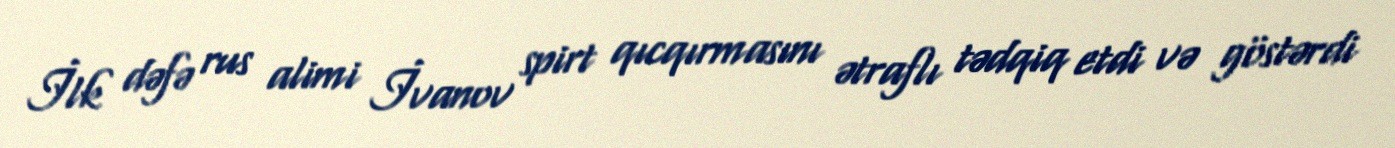
İlk dəfə rus alimi İvanov spirt qıcqırmasını ətraflı tədqiq etdi və göstərdi